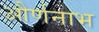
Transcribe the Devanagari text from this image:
और्णनाभ